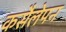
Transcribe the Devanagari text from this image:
कसैलेपन